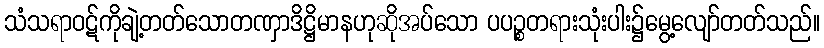
သံသရာဝဋ်ကိုချဲ့တတ်သောတဏှာဒိဋ္ဌိမာနဟုဆိုအပ်သော ပပဉ္စတရားသုံးပါး၌မွေ့လျော်တတ်သည်။